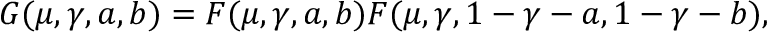
G ( \mu , \gamma , a , b ) = F ( \mu , \gamma , a , b ) F ( \mu , \gamma , 1 - \gamma - a , 1 - \gamma - b ) ,